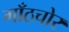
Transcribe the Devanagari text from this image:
गाँठचोर